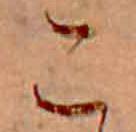
こ